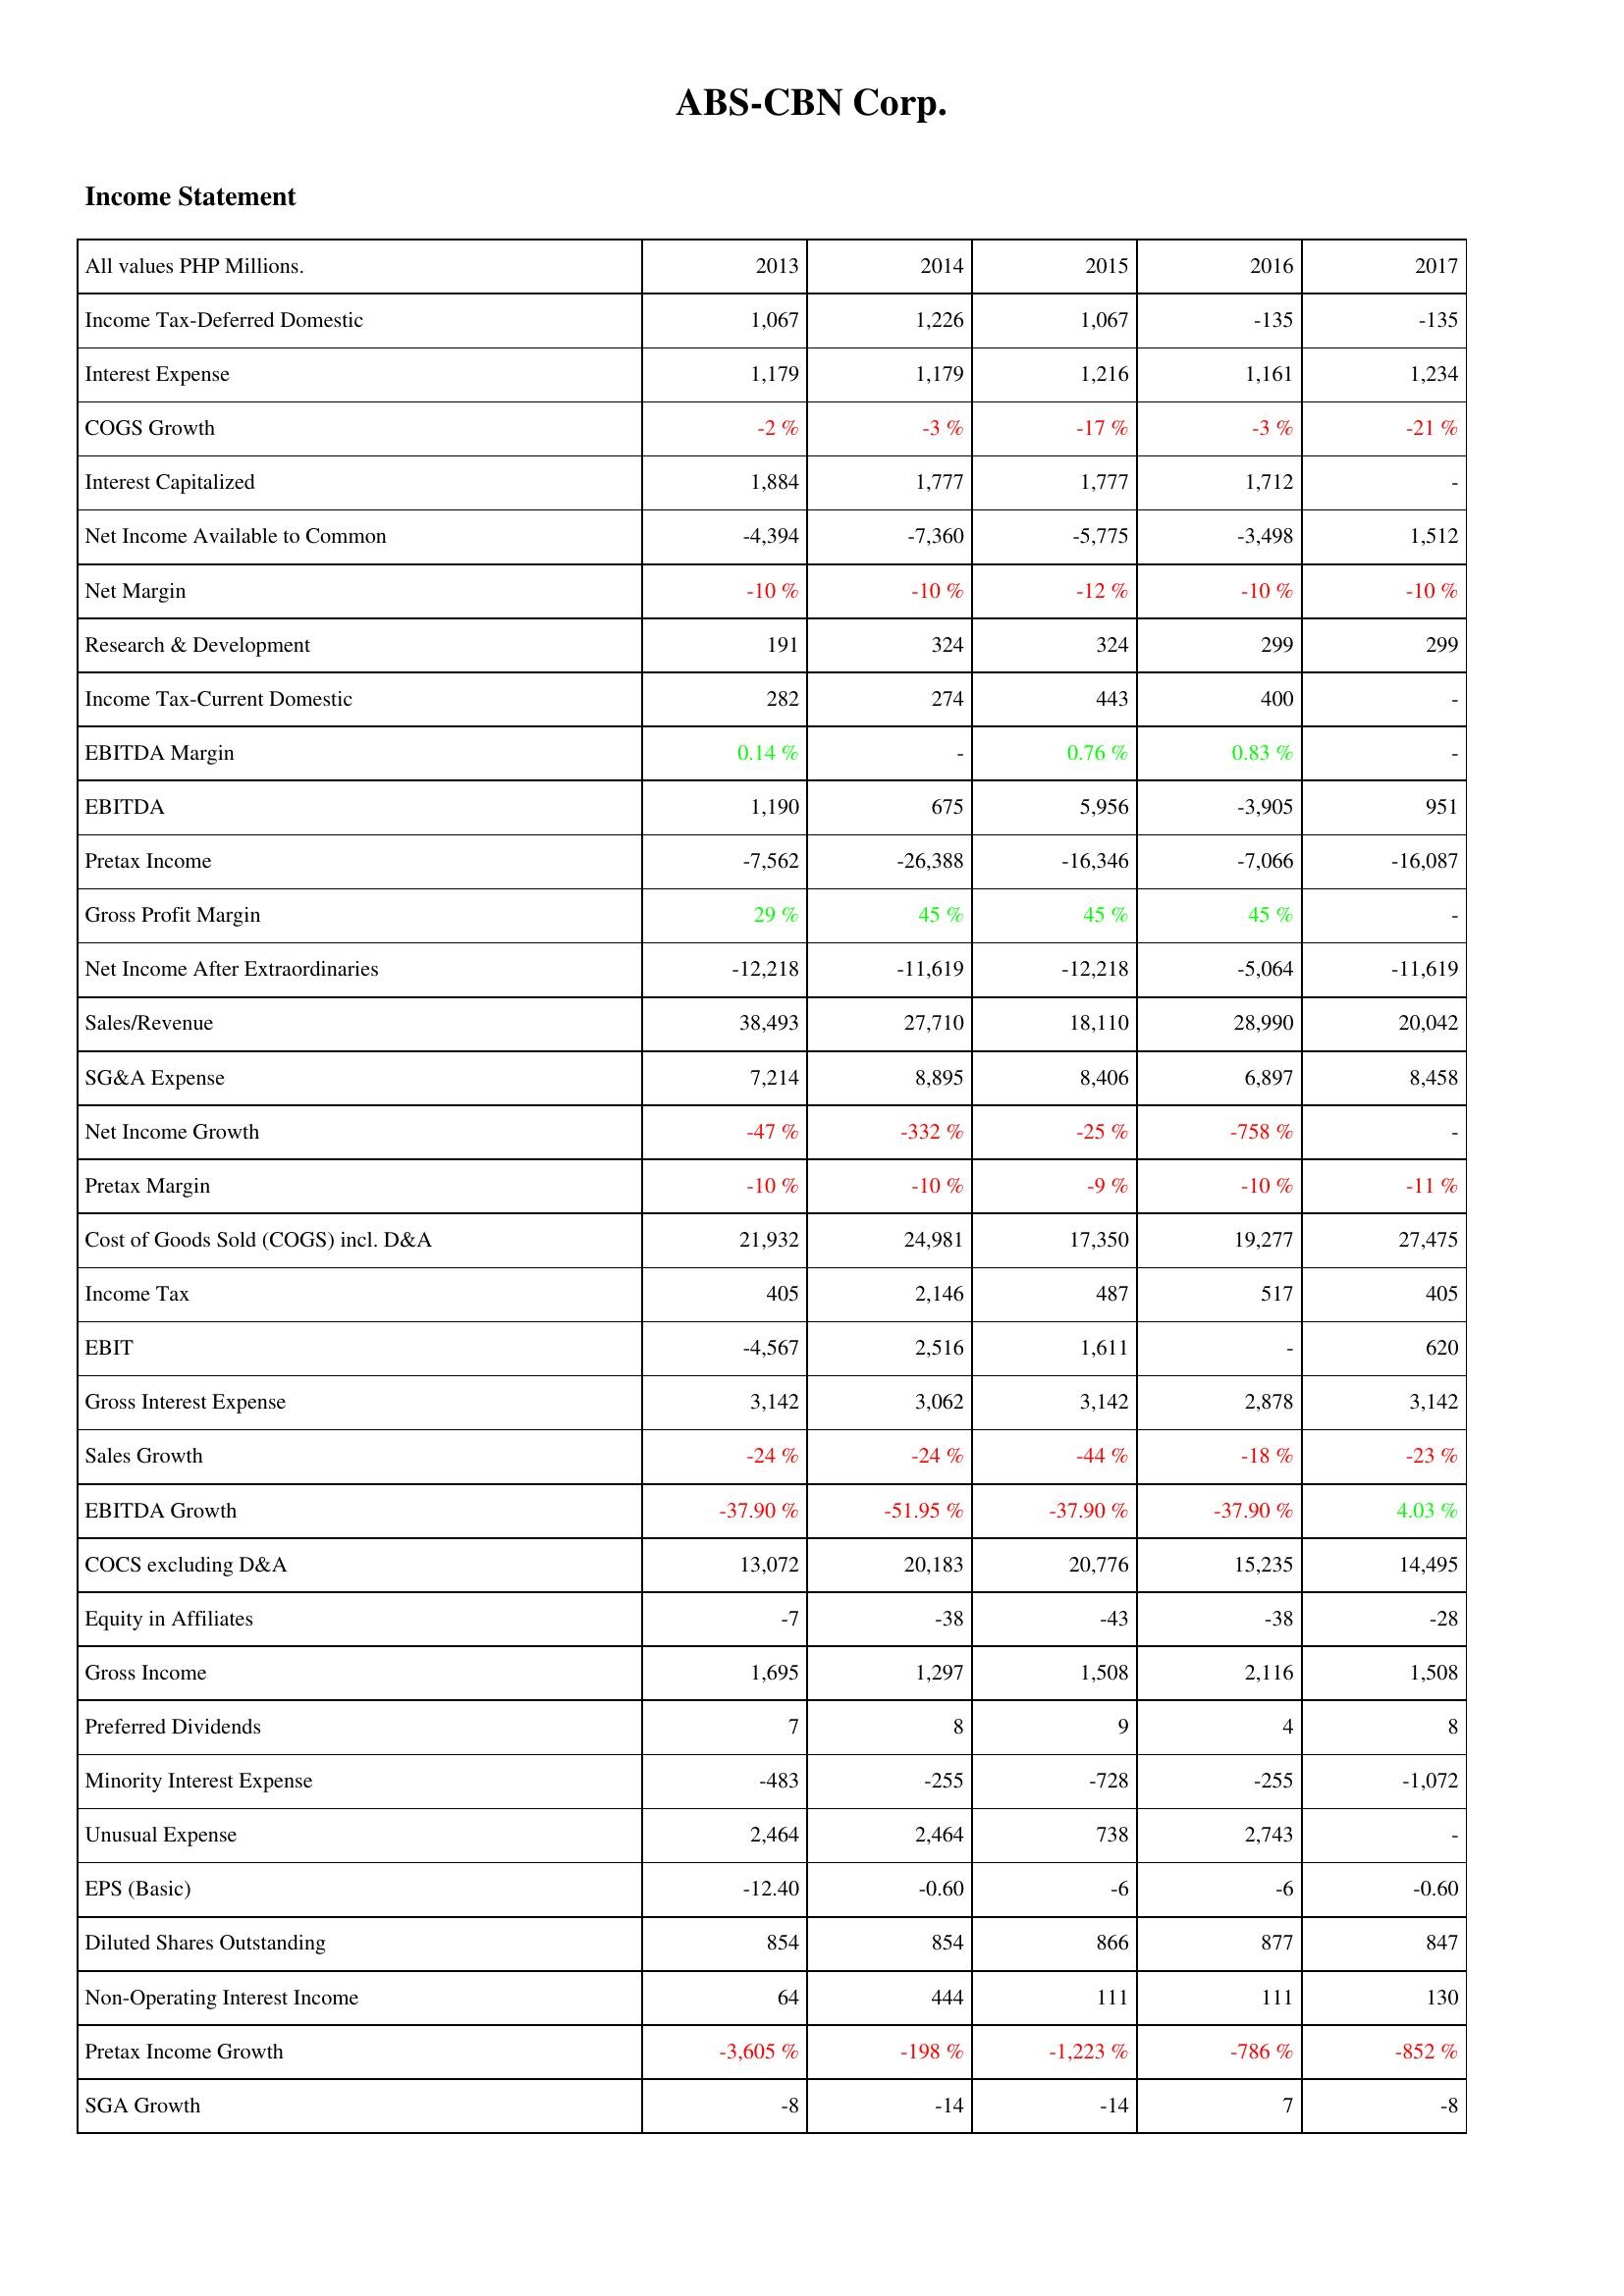
2013: Income Statement: Income Tax-Deferred Domestic: 1,067
Interest Expense: 1,179
COGS Growth: -2 %
Interest Capitalized: 1,884
Net Income Available to Common: -4,394
Net Margin: -10 %
Research & Development: 191
Income Tax-Current Domestic: 282
EBITDA Margin: 0.14 %
EBITDA: 1,190
Pretax Income: -7,562
Gross Profit Margin: 29 %
Net Income After Extraordinaries: -12,218
Sales/Revenue: 38,493
SG&A Expense: 7,214
Net Income Growth: -47 %
Pretax Margin: -10 %
Cost of Goods Sold (COGS) incl. D&A: 21,932
Income Tax: 405
EBIT: -4,567
Gross Interest Expense: 3,142
Sales Growth: -24 %
EBITDA Growth: -37.90 %
COCS excluding D&A: 13,072
Equity in Affiliates: -7
Gross Income: 1,695
Preferred Dividends: 7
Minority Interest Expense: -483
Unusual Expense: 2,464
EPS (Basic): -12.40
Diluted Shares Outstanding: 854
Non-Operating Interest Income: 64
Pretax Income Growth: -3,605 %
SGA Growth: -8
2014: Income Statement: Income Tax-Deferred Domestic: 1,226
Interest Expense: 1,179
COGS Growth: -3 %
Interest Capitalized: 1,777
Net Income Available to Common: -7,360
Net Margin: -10 %
Research & Development: 324
Income Tax-Current Domestic: 274
EBITDA Margin: -
EBITDA: 675
Pretax Income: -26,388
Gross Profit Margin: 45 %
Net Income After Extraordinaries: -11,619
Sales/Revenue: 27,710
SG&A Expense: 8,895
Net Income Growth: -332 %
Pretax Margin: -10 %
Cost of Goods Sold (COGS) incl. D&A: 24,981
Income Tax: 2,146
EBIT: 2,516
Gross Interest Expense: 3,062
Sales Growth: -24 %
EBITDA Growth: -51.95 %
COCS excluding D&A: 20,183
Equity in Affiliates: -38
Gross Income: 1,297
Preferred Dividends: 8
Minority Interest Expense: -255
Unusual Expense: 2,464
EPS (Basic): -0.60
Diluted Shares Outstanding: 854
Non-Operating Interest Income: 444
Pretax Income Growth: -198 %
SGA Growth: -14
2015: Income Statement: Income Tax-Deferred Domestic: 1,067
Interest Expense: 1,216
COGS Growth: -17 %
Interest Capitalized: 1,777
Net Income Available to Common: -5,775
Net Margin: -12 %
Research & Development: 324
Income Tax-Current Domestic: 443
EBITDA Margin: 0.76 %
EBITDA: 5,956
Pretax Income: -16,346
Gross Profit Margin: 45 %
Net Income After Extraordinaries: -12,218
Sales/Revenue: 18,110
SG&A Expense: 8,406
Net Income Growth: -25 %
Pretax Margin: -9 %
Cost of Goods Sold (COGS) incl. D&A: 17,350
Income Tax: 487
EBIT: 1,611
Gross Interest Expense: 3,142
Sales Growth: -44 %
EBITDA Growth: -37.90 %
COCS excluding D&A: 20,776
Equity in Affiliates: -43
Gross Income: 1,508
Preferred Dividends: 9
Minority Interest Expense: -728
Unusual Expense: 738
EPS (Basic): -6
Diluted Shares Outstanding: 866
Non-Operating Interest Income: 111
Pretax Income Growth: -1,223 %
SGA Growth: -14
2016: Income Statement: Income Tax-Deferred Domestic: -135
Interest Expense: 1,161
COGS Growth: -3 %
Interest Capitalized: 1,712
Net Income Available to Common: -3,498
Net Margin: -10 %
Research & Development: 299
Income Tax-Current Domestic: 400
EBITDA Margin: 0.83 %
EBITDA: -3,905
Pretax Income: -7,066
Gross Profit Margin: 45 %
Net Income After Extraordinaries: -5,064
Sales/Revenue: 28,990
SG&A Expense: 6,897
Net Income Growth: -758 %
Pretax Margin: -10 %
Cost of Goods Sold (COGS) incl. D&A: 19,277
Income Tax: 517
EBIT: -
Gross Interest Expense: 2,878
Sales Growth: -18 %
EBITDA Growth: -37.90 %
COCS excluding D&A: 15,235
Equity in Affiliates: -38
Gross Income: 2,116
Preferred Dividends: 4
Minority Interest Expense: -255
Unusual Expense: 2,743
EPS (Basic): -6
Diluted Shares Outstanding: 877
Non-Operating Interest Income: 111
Pretax Income Growth: -786 %
SGA Growth: 7
2017: Income Statement: Income Tax-Deferred Domestic: -135
Interest Expense: 1,234
COGS Growth: -21 %
Interest Capitalized: -
Net Income Available to Common: 1,512
Net Margin: -10 %
Research & Development: 299
Income Tax-Current Domestic: -
EBITDA Margin: -
EBITDA: 951
Pretax Income: -16,087
Gross Profit Margin: -
Net Income After Extraordinaries: -11,619
Sales/Revenue: 20,042
SG&A Expense: 8,458
Net Income Growth: -
Pretax Margin: -11 %
Cost of Goods Sold (COGS) incl. D&A: 27,475
Income Tax: 405
EBIT: 620
Gross Interest Expense: 3,142
Sales Growth: -23 %
EBITDA Growth: 4.03 %
COCS excluding D&A: 14,495
Equity in Affiliates: -28
Gross Income: 1,508
Preferred Dividends: 8
Minority Interest Expense: -1,072
Unusual Expense: -
EPS (Basic): -0.60
Diluted Shares Outstanding: 847
Non-Operating Interest Income: 130
Pretax Income Growth: -852 %
SGA Growth: -8